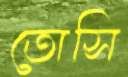
তোসি